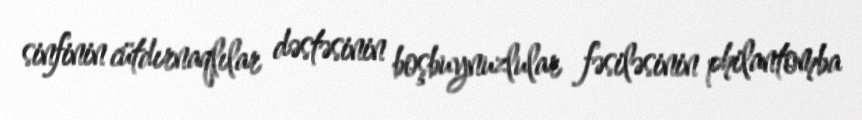
sinfinin cütdırnaqlılar dəstəsinin boşbuynuzlular fəsiləsinin philantomba